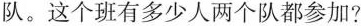
队。这个班有多少人两个队都参加?